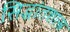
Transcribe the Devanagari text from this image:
सिद्धांतशास्त्र